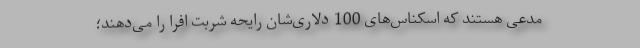
مدعی هستند که اسکناس‌های 100 دلاری‌شان رایحه شربت افرا را می‌دهند؛